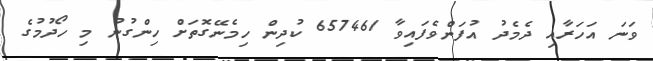
ވަނަ އަހަރާއި ދެމެދު އުފަންވެފައިވާ 657461 ކުދިން ހިމެނޭގޮތަށް ހިންގުނު މި ހޯދުމުގެ